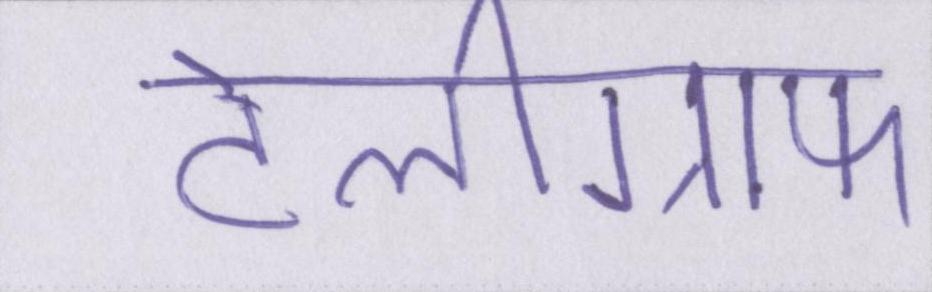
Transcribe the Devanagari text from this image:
टेलीग्राफ